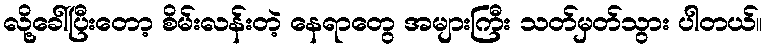
လို့ခေါ်ပြီးတော့ စိမ်းလန်းတဲ့ နေရာတွေ အများကြီး သတ်မှတ်သွား ပါတယ်။